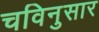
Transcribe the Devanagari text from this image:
चविनुसार